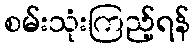
စမ်းသုံးကြည့်ရန်